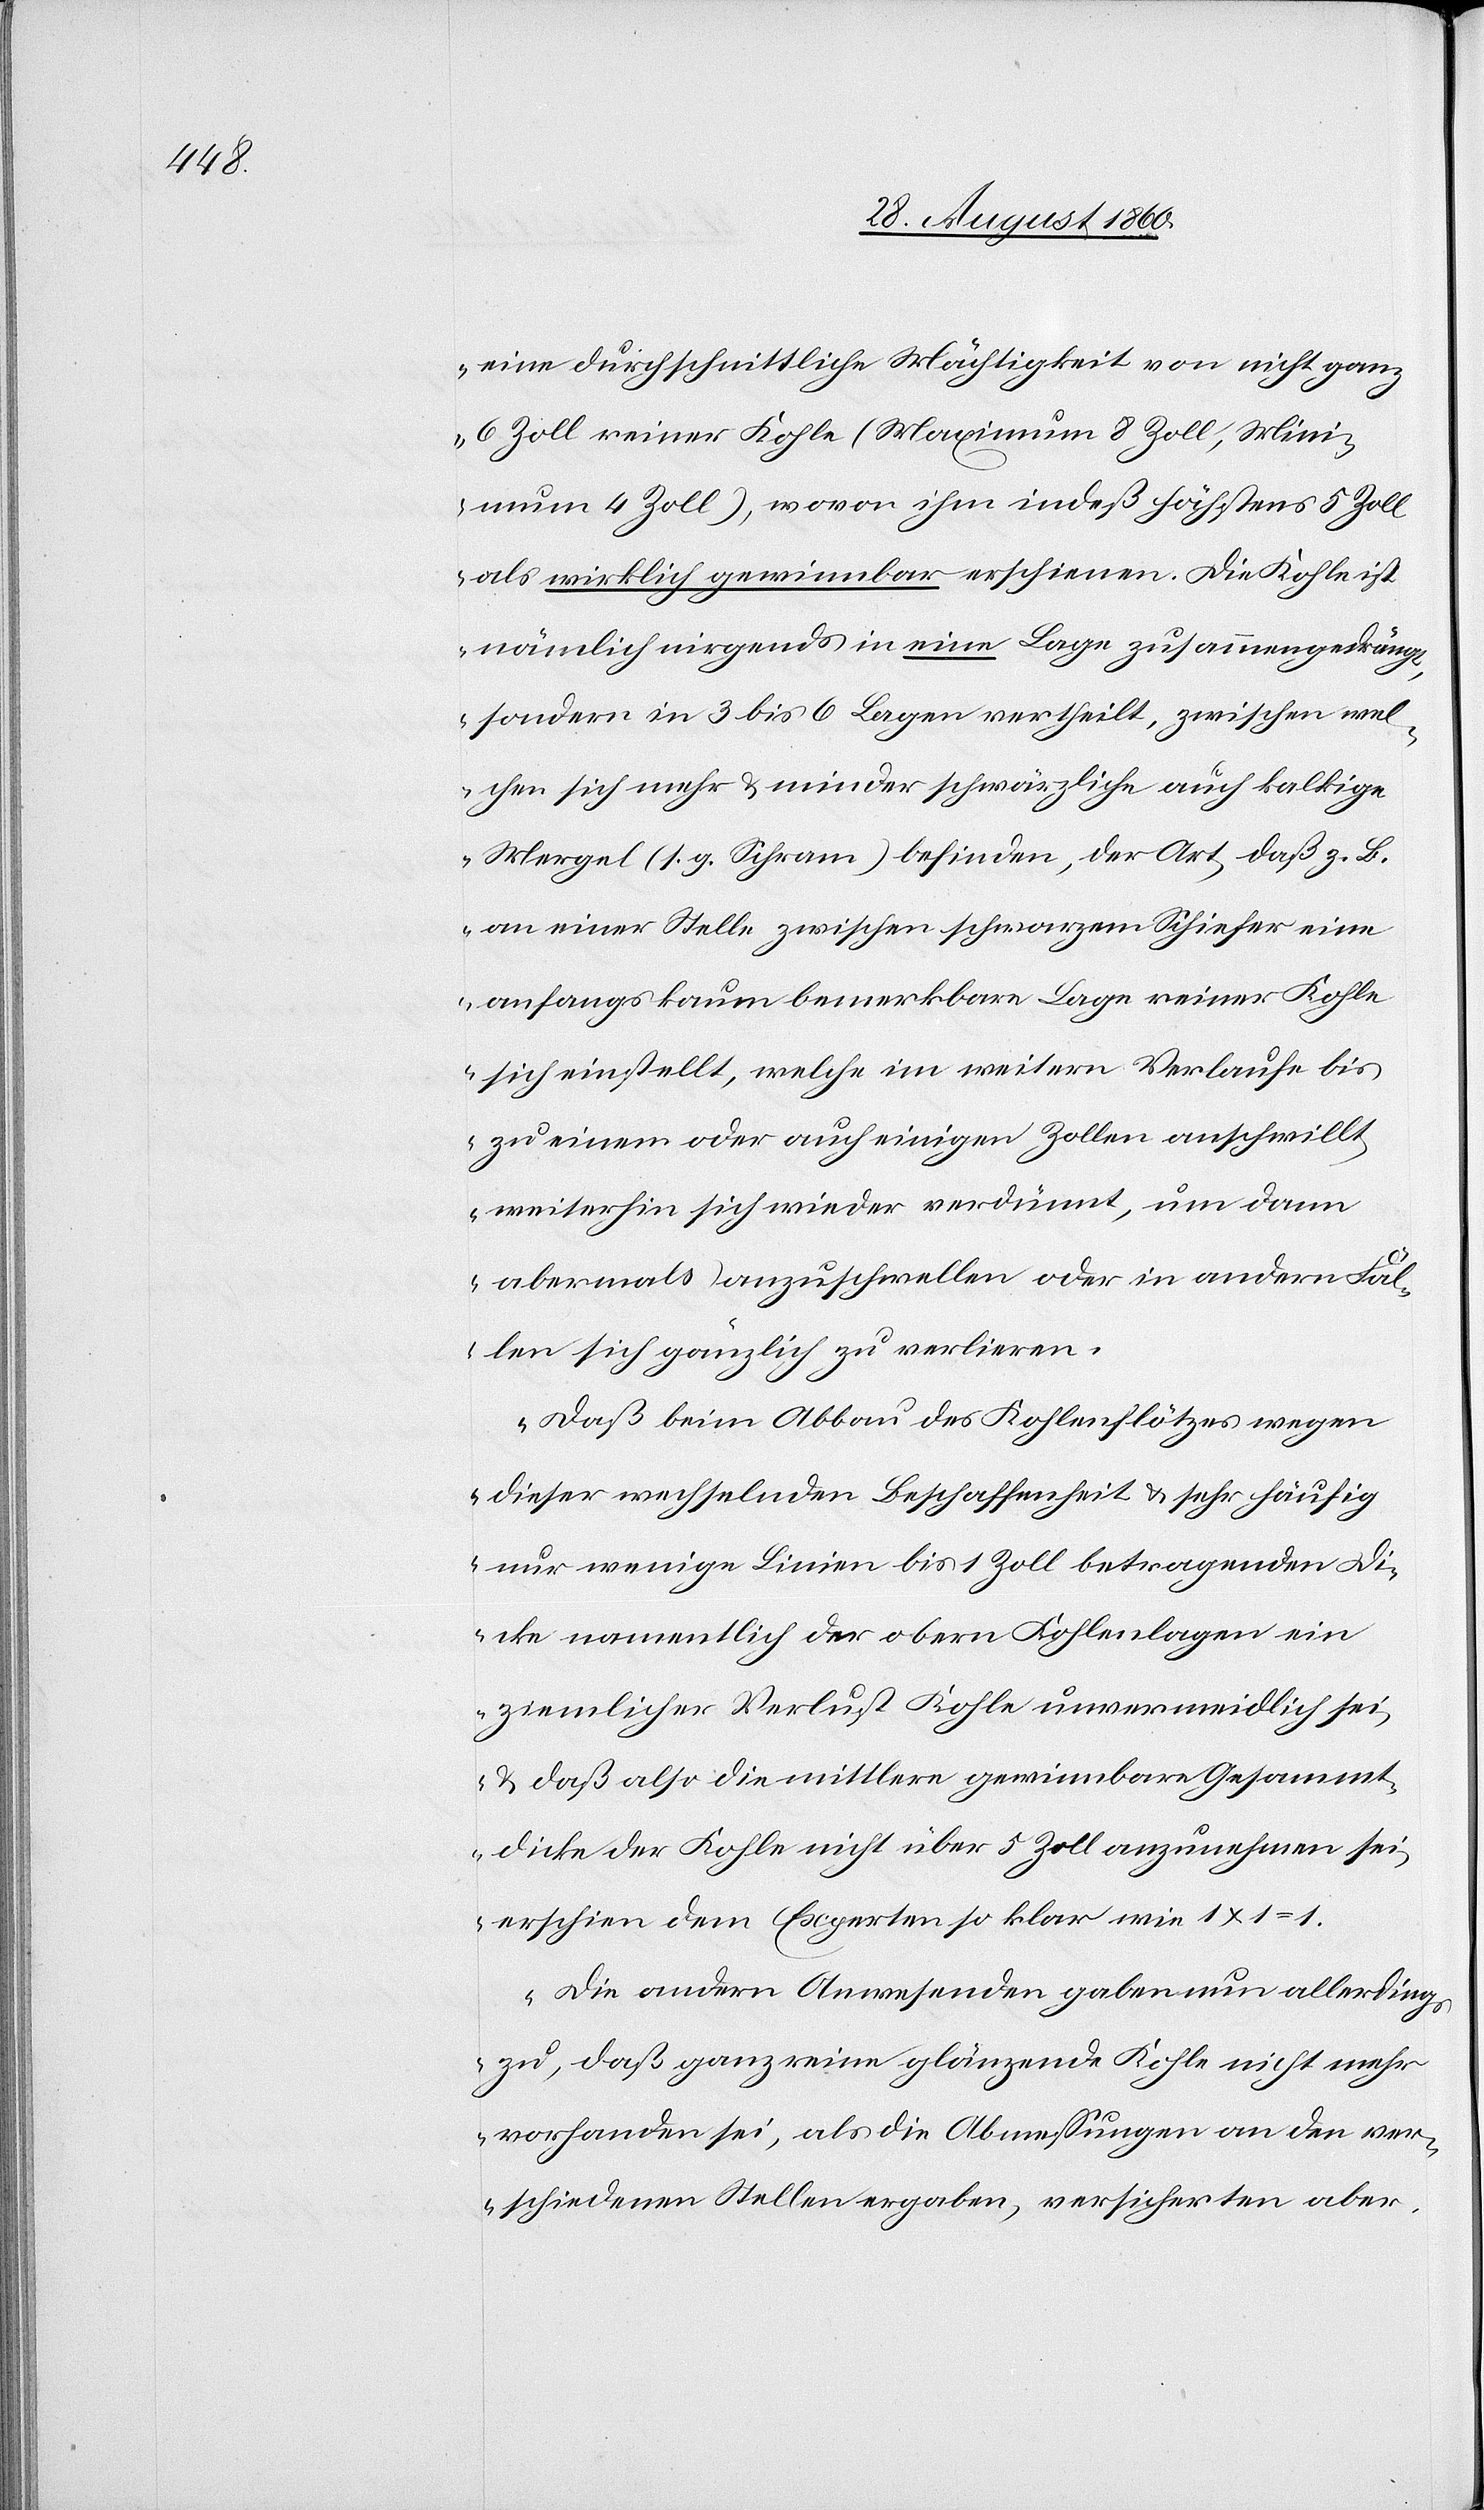
eine durchschnittliche Mächtigkeit von nicht ganz
6 Zoll reiner Kohle (Maximum 8 Zoll, Mini¬
mum 4 Zoll) worin indess höchstens 5 Zoll
als wirklich gerinnbar erschienen. Die Kohle ist
nämlich nirgends in eine Lage zusammengedrängt,
sondern in 3 bis 6 Lagen vertheilt, zwischen wel¬
chen sich mehr u. minder schwärzliche auch kalkige
Mergel (s.g. Schram) befindet, der Art, dass z. B.
an einer Stelle zuwichen schwarzem Schiefer eine
Anfangs kaum bemerkbare Lage reiner Kohle
sich einstellt, welche im weitern Verlaufe bis
zu einem oder auch einigen Zollen aufschwellt,
weiterhin sich wieder verdünnt, um dann
abermals anzuschwellen oder in andern Fäl¬
len sich gänzlich zu verlieren.
Dass beim Abbau des Kohlenflötzes wegen
dieser wechselnden Beschaffenheit u. sehr häufig
nur wenige Linien bis 1 Zoll betragenden Di¬
cke namentlich der obern Kohlenlager, ein
ziemlicher Verlust Kohle unvermeidlich sei
u. dass also die mittlere gewinnbare Gesammt¬
dicke der Kohle nicht über 5 Zoll anzunehmen sei,
erschien dem Experten so klar wie 1x1=1.
Die andern Anwesenden gaben nun allerdings
zu, dass ganz reine glänzende Kohle nicht mehr
vorhanden sei, als die Abmessungen an den ver¬
schiedenen Stellen ergaben, versicherten aber